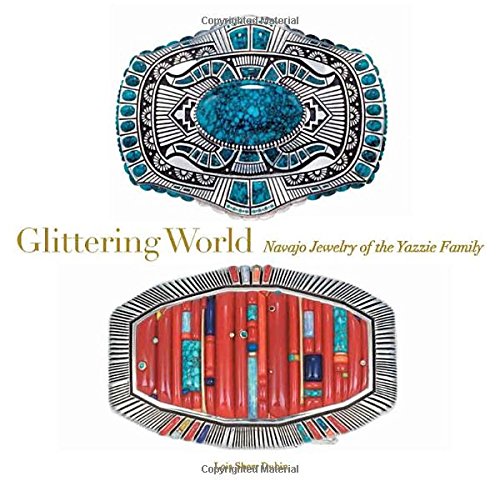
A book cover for Glittering World: Navajo Jewelry of the Yazzie Family; Crafts, Hobbies & Home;